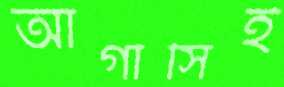
আগাসিই